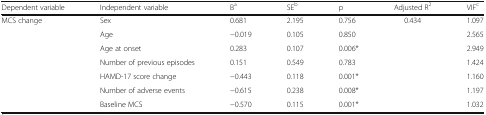
<table><thead><tr><td><b>Dependent variable</b></td><td><b>Independent variable</b></td><td><b>B<sup>a</sup></b></td><td><b>SE<sup>b</sup></b></td><td><b>p</b></td><td><b>Adjusted R<sup>2</sup></b></td><td><b>VIF<sup>c</sup></b></td></tr></thead><tbody><tr><td>MCS change</td><td>Sex</td><td>0.681</td><td>2.195</td><td>0.756</td><td>0.434</td><td>1.097</td></tr><tr><td></td><td>Age</td><td>−0.019</td><td>0.105</td><td>0.850</td><td></td><td>2.565</td></tr><tr><td></td><td>Age at onset</td><td>0.283</td><td>0.107</td><td>0.006*</td><td></td><td>2.949</td></tr><tr><td></td><td>Number of previous episodes</td><td>0.151</td><td>0.549</td><td>0.783</td><td></td><td>1.424</td></tr><tr><td></td><td>HAMD-17 score change</td><td>−0.443</td><td>0.118</td><td>0.001*</td><td></td><td>1.160</td></tr><tr><td></td><td>Number of adverse events</td><td>−0.615</td><td>0.238</td><td>0.008*</td><td></td><td>1.197</td></tr><tr><td></td><td>Baseline MCS</td><td>−0.570</td><td>0.115</td><td>0.001*</td><td></td><td>1.032</td></tr></tbody></table>